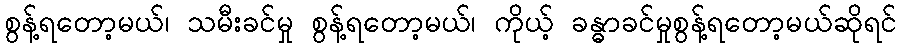
စွန့်ရတော့မယ်၊ သမီးခင်မှု စွန့်ရတော့မယ်၊ ကိုယ့် ခန္ဓာခင်မှုစွန့်ရတော့မယ်ဆိုရင်